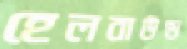
হেলবাউন্ড